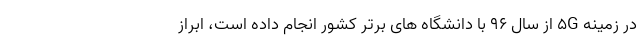
در زمینه 5G از سال 96 با دانشگاه های برتر کشور انجام داده است، ابراز